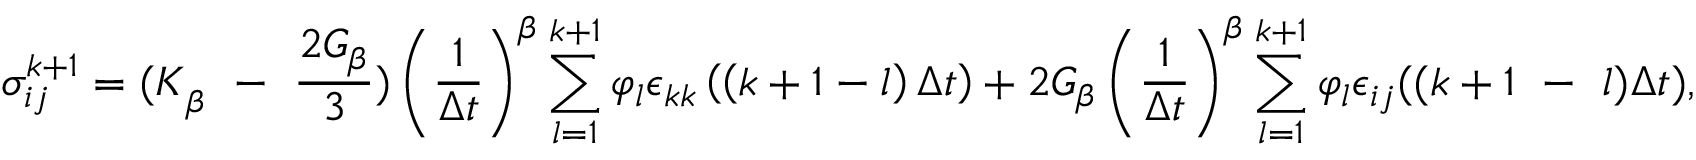
\sigma _ { i j } ^ { k + 1 } = { ( K } _ { \beta } \ - \ \frac { 2 G _ { \beta } } { 3 } ) \left( \frac { 1 } { \Delta t } \right) ^ { \beta } \sum _ { l = 1 } ^ { k + 1 } \varphi _ { l } \epsilon _ { k k } \left( \left( k + 1 - l \right) \Delta t \right) + 2 G _ { \beta } \left( \frac { 1 } { \Delta t } \right) ^ { \beta } \sum _ { l = 1 } ^ { k + 1 } \varphi _ { l } \epsilon _ { i j } ( ( k + 1 \ - \ l ) \Delta t ) ,